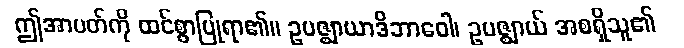
ဤအာပတ်ကို ထင်စွာပြုရာ၏။ ဥပဇ္ဈာယာဒိဘာဝေါ၊ ဥပဇ္ဈာယ် အစရှိသူ၏